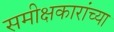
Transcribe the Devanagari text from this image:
समीक्षकारांच्या